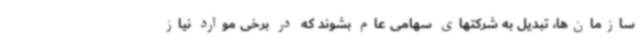
سازمان‌ها، تبدیل به شرکتهای سهامی عام بشوند که در برخی موارد نیاز